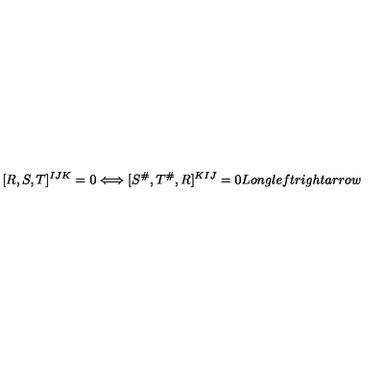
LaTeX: [ R , S , T ] ^ { I J K } = 0 \Longleftrightarrow [ S ^ { \# } , T ^ { \# } , R ] ^ { K I J } = 0 L o n g l e f t r i g h t a r r o w